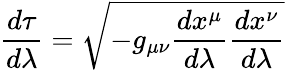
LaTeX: {\frac{d\tau}{d\lambda}}={\sqrt{-g_{\mu\nu}{\frac{dx^{\mu}}{d\lambda}}{\frac{dx^{\nu}}{d\lambda}}}}